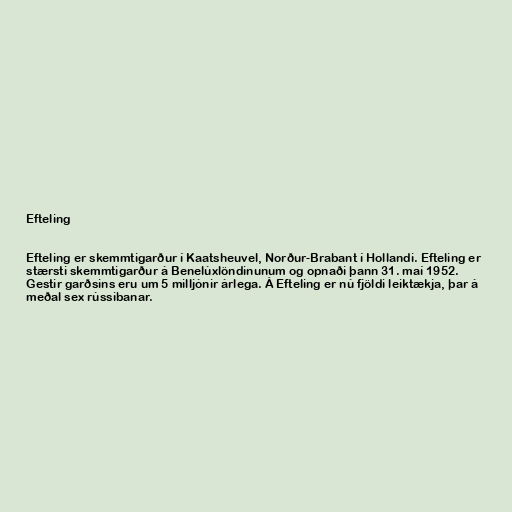
Efteling

Efteling er skemmtigarður í Kaatsheuvel, Norður-Brabant í Hollandi. Efteling er
stærsti skemmtigarður á Benelúxlöndinunum og opnaði þann 31. maí 1952.
Gestir garðsins eru um 5 milljónir árlega. Á Efteling er nú fjöldi leiktækja, þar á
meðal sex rússibanar.